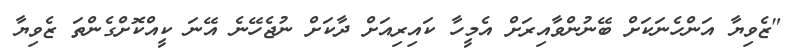
"ޒެވިޔާ އަންހެނަކަށް ބޭނުންވާއިރަށް އެމީހާ ކައިރިއަށް ދާކަށް ނުޖެހޭނެ އޭނަ ކީއްކޮށްގެންތަ ޒެވިޔާ